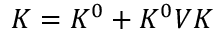
K = K ^ { 0 } + K ^ { 0 } V K